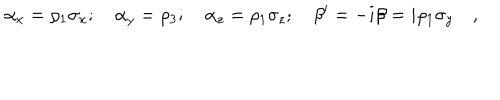
\alpha _ { x } = \rho _ { 1 } \sigma _ { x } ; \quad \alpha _ { y } = \rho _ { 3 } ; \quad \alpha _ { z } = \rho _ { 1 } \sigma _ { z } ; \quad \beta ^ { \prime } = - i \beta = i \rho _ { 1 } \sigma _ { y } \quad ,